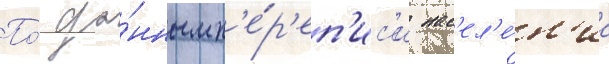
По́ да́нным п'е́р'еп'ис'и нас'ел'е́н'иа